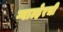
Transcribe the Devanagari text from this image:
ग्वाल्हेरची